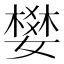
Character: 𡡴